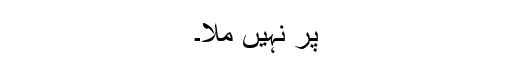
پر نہیں ملا۔